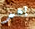
بعد